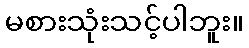
မစားသုံးသင့်ပါဘူး။